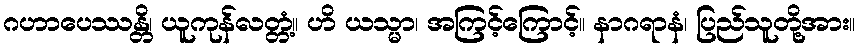
ဂဟာပေဿန္တိ၊ ယူကုန်လတ္တံ့။ ဟိ ယသ္မာ၊ အကြင့်ကြောင့်။ နာဂရာနံ၊ ပြည်သူတို့အား။